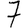
Digit: 7